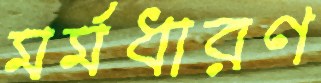
মর্মধারণ